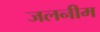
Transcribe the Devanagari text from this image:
जलनीम